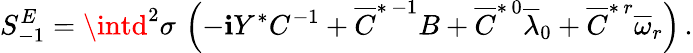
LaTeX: S_{-1}^{E}=\intd^{2}\sigma\, \left(-\mathbf{i}Y^{*}C^{-1}+\overline{{{{C}}}}^{*\, -1}B+\overline{{{{C}}}}^{*\, 0}\overline{{{{\lambda}}}}_{0}+\overline{{{{C}}}}^{*\, r}\overline{{{{\omega}}}}_{r}\right)\, .